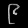
Digit: ၉